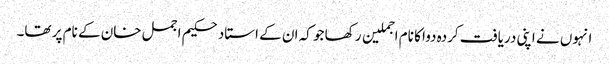
انہوں نے اپنی دریافت کردہ دوا کا نام اجملین رکھا جو کہ ان کے استاد حکیم اجمل خان کے نام پر تھا۔